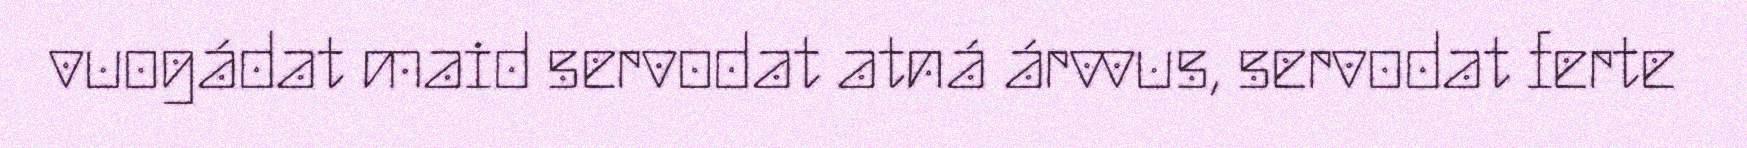
vuogádat maid servodat atná árvvus, servodat ferte